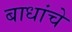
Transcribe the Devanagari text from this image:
बाधांचे